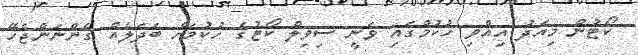
ކޯޓުން މިއަދު އިއްވި ހުކުމްގައި ވަނީ ސިވިލް ކޯޓުގެ ހުކުމަށް ބަދަލެއް ގެންނަންޖެހޭ